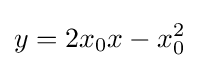
y=2x_{0}x-x_{0}^{2}